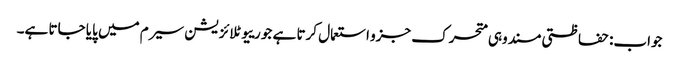
جواب: حفاظتی مسند وہی متحرک جزو استعمال کرتا ہے جو رییوٹلائزیشن سیرم میں پایا جاتا ہے۔